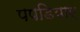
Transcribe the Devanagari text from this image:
पपडियाए